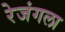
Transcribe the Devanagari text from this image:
रेजंगला